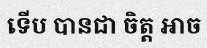
ទើប បានជា ចិត្ត ឤច